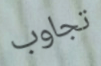
تجاوب